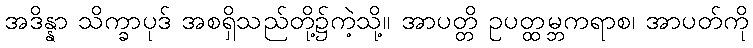
အဒိန္နာ သိက္ခာပုဒ် အစရှိသည်တို့၌ကဲ့သို့။ အာပတ္တိ ဥပတ္ထမ္ဘကရာစ၊ အာပတ်ကို